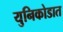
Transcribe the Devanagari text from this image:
युनिकोडात